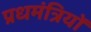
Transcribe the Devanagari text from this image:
प्रधमंत्रियों